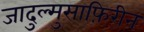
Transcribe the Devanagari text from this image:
जादुल्मुसाफ़िरीन